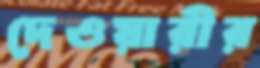
দেওয়ারীর